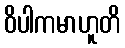
ဝိပါကမာဟူတိ